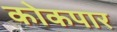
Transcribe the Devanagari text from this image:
कोकपार